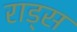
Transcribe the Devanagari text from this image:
राड्स